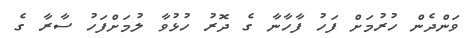
ވަންދެން ހުރުމަށް ފަހު ފާހާނާ ގެ ދޮރު ހުޅުވާ ލުމަށްފަހު ސާރާ ގެ